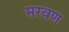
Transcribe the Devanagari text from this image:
मरवण